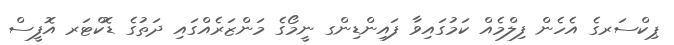
ޕިކްސަރގެ އެހެން ފިލްމެއް ކަމުގައިވާ ފައިންޑިންގ ނީމޯގެ މަންޒަރެއްގައި ދަތުގެ ޑޮކްޓަރ އޮފީސް